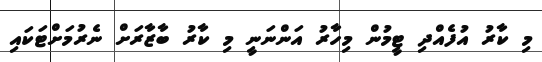
މި ކާރު އުފެއްދި ޓީމުން މިހާރު އަންނަނީ މި ކާރު ބާޒާރަށް ނެރުމަށްޓަކައި